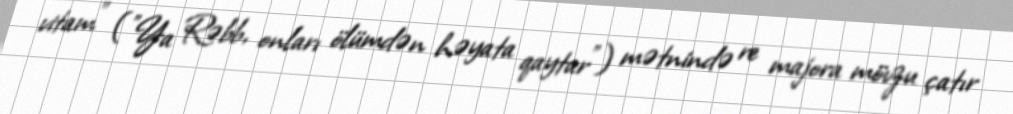
vitam" ("Ya Rəbb, onları ölümdən həyata qaytar") mətnində re majora mövzu çatır